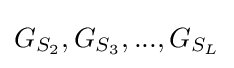
G_{S_{2}},G_{S_{3}},...,G_{S_{L}}